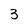
Character: 3